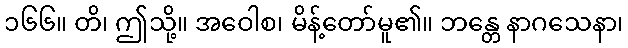
၁၆၆။ တိ၊ ဤသို့။ အဝေါစ၊ မိန့်တော်မူ၏။ ဘန္တေ နာဂသေနာ၊